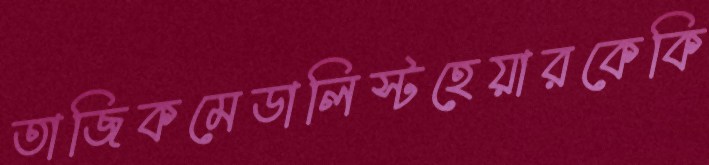
তাজিকমেডালিস্টহেয়ারকেকি